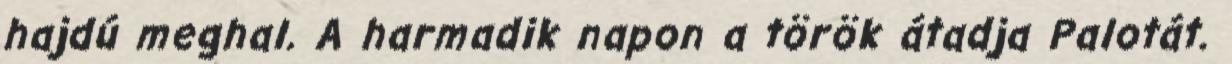
hajdú meghal. A harmadik napon a török átadja Palotát.